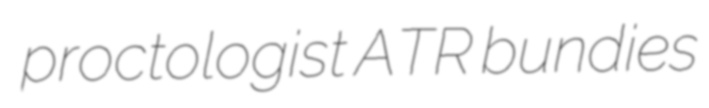
proctologist ATR bundies